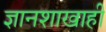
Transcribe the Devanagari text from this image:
ज्ञानशाखाही